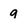
Character: 9